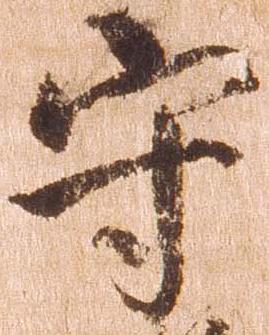
守